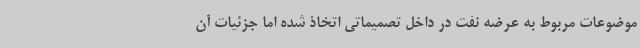
موضوعات مربوط به عرضه نفت در داخل تصمیماتی اتخاذ شده اما جزئیات آن